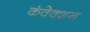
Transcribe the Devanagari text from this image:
कंवेक्शन